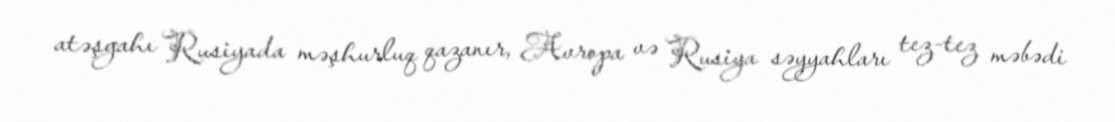
atəşgahı Rusiyada məşhurluq qazanır, Avropa və Rusiya səyyahları tez-tez məbədi